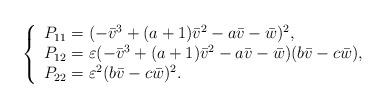
LaTeX: \begin{align*}\left\{\begin{array}{lcl}P_{11}=(-\bar{v}^3+(a+1)\bar{v}^2-a\bar{v}-\bar{w})^2,\\P_{12}=\varepsilon(-\bar{v}^3+(a+1)\bar{v}^2-a\bar{v}-\bar{w})(b\bar{v}-c\bar{w}),\\P_{22}=\varepsilon^2(b\bar{v}-c\bar{w})^2.\end{array}\right.\end{align*}